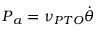
\boldsymbol { P } _ { a } = \nu _ { P T O } \dot { \boldsymbol { \theta } }